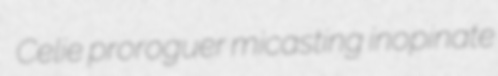
Celie proroguer micasting inopinate